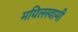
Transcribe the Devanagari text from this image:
मयिलस्वामी